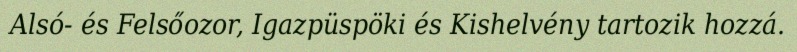
Alsó- és Felsőozor, Igazpüspöki és Kishelvény tartozik hozzá.